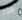
هدر